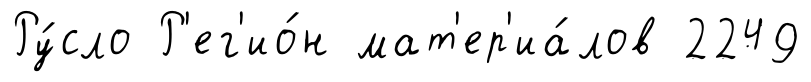
Ру́сло Р'ег'ио́н мат'ер'иа́лов 2249